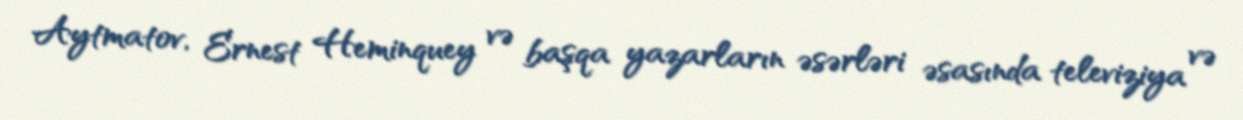
Aytmatov, Ernest Heminquey və başqa yazarların əsərləri əsasında televiziya və